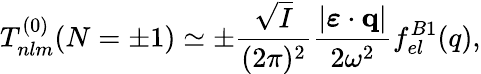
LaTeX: T_{nlm}^{(0)}(N=\pm 1)\simeq\pm\frac{\sqrt{I}}{(2\pi)^{2}}\frac{|\boldsymbol{\varepsilon}\cdot{\mathbf{q}}|}{2\omega^{2}}f_{el}^{B1}(q),